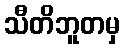
သီတိဘူတမှ